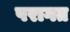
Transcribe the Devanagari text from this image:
परागत